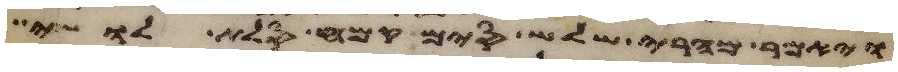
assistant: ויאמר מהרי שלש סים קמח סלת לושי